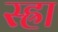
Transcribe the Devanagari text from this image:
स्ह्रा